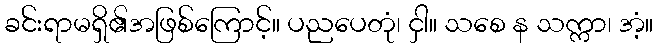
ခင်းရာမရှိ၏အဖြစ်ကြောင့်။ ပညပေတုံ၊ ငှါ။ သစေ န သက္ကာ၊ အံ့။